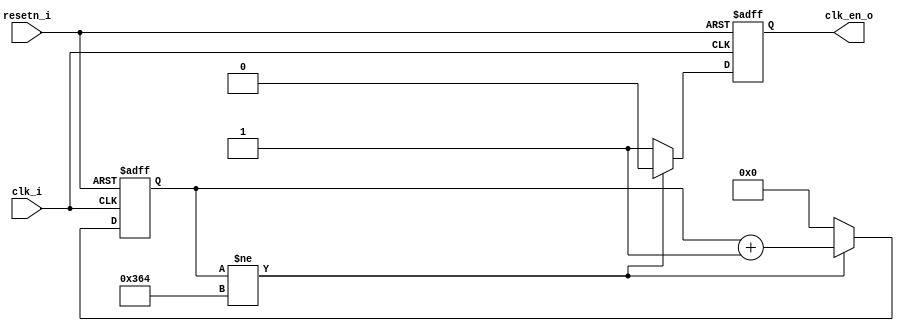
`timescale 1 ns/ 1 ps
module clk_divider
#( parameter DIVISOR = 12'd868)
(
input clk_i,
input resetn_i,
output reg clk_en_o
);
reg[11:0] clk_dividor =0;

always@( posedge clk_i or negedge resetn_i)
 begin
if(!resetn_i) 
begin
clk_dividor <= 12'h0;
clk_en_o <= 1'h0;
//End of automatics
end 
else
begin
if(clk_dividor != DIVISOR)
begin
clk_dividor <= clk_dividor + 1'b1;
clk_en_o <= 1'b0;
end
else
begin
clk_dividor <= 12'h0;
clk_en_o <= 1'b1;
end
end
end
endmodule